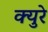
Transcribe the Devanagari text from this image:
क्युरे